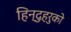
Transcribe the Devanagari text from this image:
हिन्दुहरुको